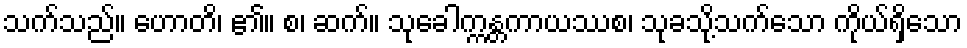
သက်သည်။ ဟောတိ၊ ၏။ စ၊ ဆက်။ သုခေါက္ကန္တကာယဿစ၊ သုခသို့သက်သော ကိုယ်ရှိသော